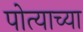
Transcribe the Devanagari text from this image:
पोत्याच्या